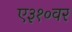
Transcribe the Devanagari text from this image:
ए३१०वर